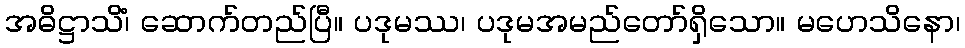
အဓိဋ္ဌာသိံ၊ ဆောက်တည်ပြီ။ ပဒုမဿ၊ ပဒုမအမည်တော်ရှိသော။ မဟေသိနော၊